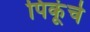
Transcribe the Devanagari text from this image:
पिकूंचे